Annual administration report of the Civil Veterinary Department of India - 1896-1897
Year: 1896
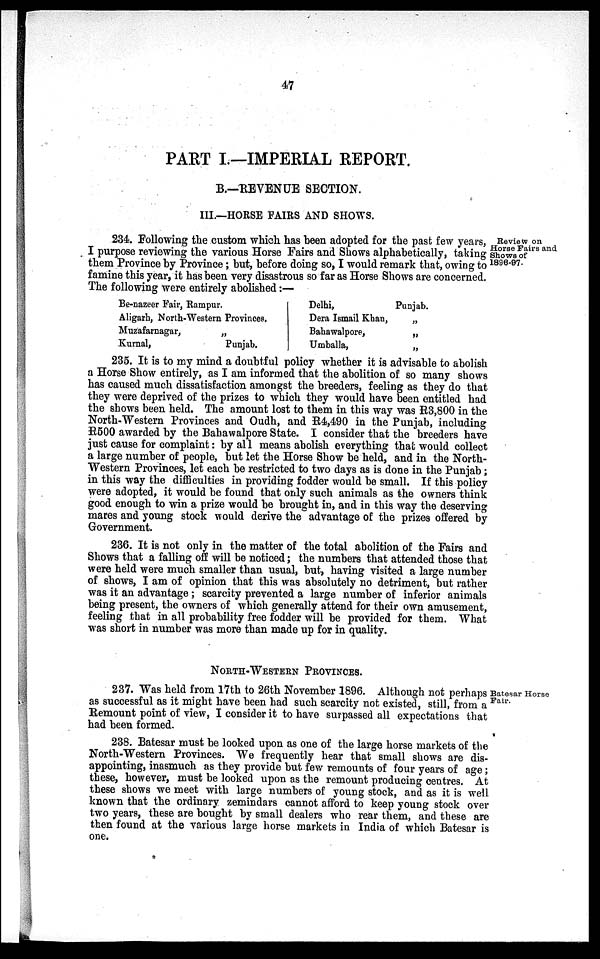
47
PART I.—IMPERIAL REPORT.
B.—REVENUE SECTION.
III.—HORSE FAIRS AND SHOWS.
Review on
Horse Fairs and
Shows of
1896-97.
234. Following the custom which has been adopted for the past few years,
I purpose reviewing the various Horse Fairs and Shows alphabetically, taking
them Province by Province; but, before doing so, I would remark that, owing to
famine this year, it has been very disastrous so far as Horse Shows are concerned.
The following were entirely abolished:—
Be-nazeer Fair, Rampur.
Aligarh, North-Western Provinces.
Muzafarnagar,
„
Kurnal,
Punjab.
Delhi,
Dera Ismail Khan,
Bahawalpore,
Umballa,
Punjab.
„
„
„
235. It is to my mind a doubtful policy whether it is advisable to abolish
a Horse Show entirely, as I am informed that the abolition of so many shows
has caused much dissatisfaction amongst the breeders, feeling as they do that
they were deprived of the prizes to which they would have been entitled had
the shows been held. The amount lost to them in this way was R3,800 in the
North-Western Provinces and Oudh, and R4,490 in the Punjab, including
R500 awarded by the Bahawalpore State. I consider that the breeders have
just cause for complaint: by all means abolish everything that would collect
a large number of people, but let the Horse Show be held, and in the North-
Western Provinces, let each be restricted to two days as is done in the Punjab;
in this way the difficulties in providing fodder would be small. If this policy
were adopted, it would be found that only such animals as the owners think
good enough to win a prize would be brought in, and in this way the deserving
mares and young stock would derive the advantage of the prizes offered by
Government.
236. It is not only in the matter of the total abolition of the Fairs and
Shows that a falling off will be noticed; the numbers that attended those that
were held were much smaller than usual, but, having visited a large number
of shows, I am of opinion that this was absolutely no detriment, but rather
was it an advantage; scarcity prevented a large number of inferior animals
being present, the owners of which generally attend for their own amusement,
feeling that in all probability free fodder will be provided for them. What
was short in number was more than made up for in quality.
NORTH-WESTERN PROVINCES.
Batesar Horse
Fair.
237. Was held from 17th to 26th November 1896. Although not perhaps
as successful as it might have been had such scarcity not existed, still, from a
Remount point of view, I consider it to have surpassed all expectations that
had been formed.
238. Batesar must be looked upon as one of the large horse markets of the
North-Western Provinces. We frequently hear that small shows are dis-
appointing, inasmuch as they provide but few remounts of four years of age;
these, however, must be looked upon as the remount producing centres. At
these shows we meet with large numbers of young stock, and as it is well
known that the ordinary zemindars cannot afford to keep young stock over
two years, these are bought by small dealers who rear them, and these are
then found at the various large horse markets in India of which Batesar is
one.